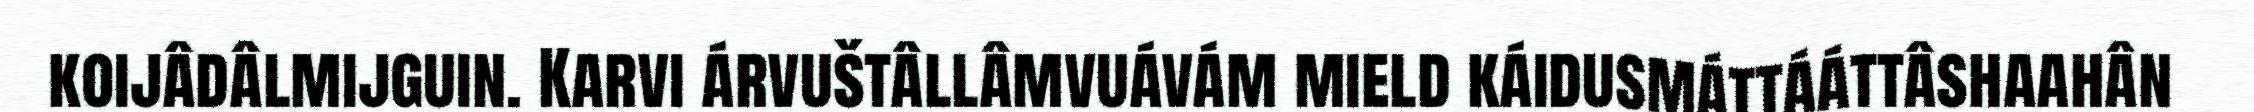
koijâdâlmijguin. Karvi árvuštâllâmvuávám mield káidusmáttááttâshaahân